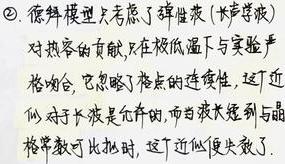
$\textcircled{2}$. 德拜模型只考虑了弹性波 (长声学波) 对热容的贡献, 只在极低温下与实验严格吻合, 它忽略了格点的连续性, 这近似对于长波是允许的, 而当波长短到与晶格常数可比拟时, 这近似便失效了.